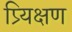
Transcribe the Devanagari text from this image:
प्र्यिक्षण